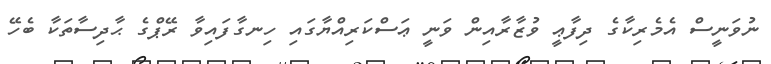
ނުވަނީސް އެމެރިކާގެ ދިފާޢީ ވުޒާރާއިން ވަނީ ޢަސްކަރިއްޔާގައި ހިނގާފައިވާ ރޭޕްގެ ޙާދިސާތަކާ ބެހޭ